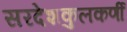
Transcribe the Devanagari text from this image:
सरदेशकुलकर्णी